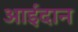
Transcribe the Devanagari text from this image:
आईदान